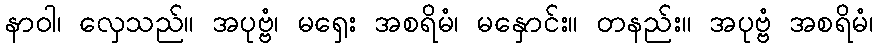
နာဝါ၊ လှေသည်။ အပုဗ္ဗံ၊ မရှေး အစရိမံ၊ မနှောင်း။ တနည်း။ အပုဗ္ဗံ အစရိမံ၊